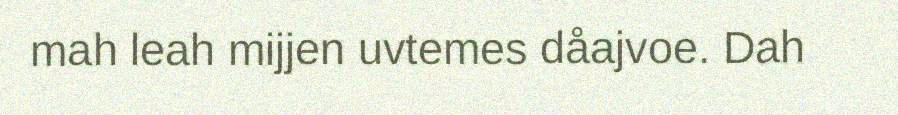
mah leah mijjen uvtemes dåajvoe. Dah